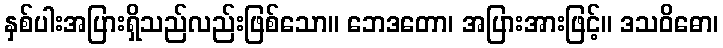
နှစ်ပါးအပြားရှိသည်လည်းဖြစ်သော။ ဘေဒတော၊ အပြားအားဖြင့်။ ဒသဝိဓော၊